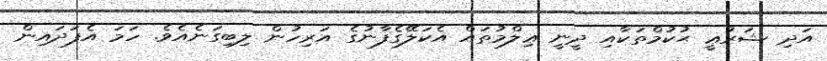
އަދި ޝަރުޢީ ޙުކުމްތަކާއި ދީނީ ޢިލްމުތައް އެކަލޭގެފާނުގެ އަރިހުން ލިބިގަނެއެވެ. ހަމަ އެފަދައިން